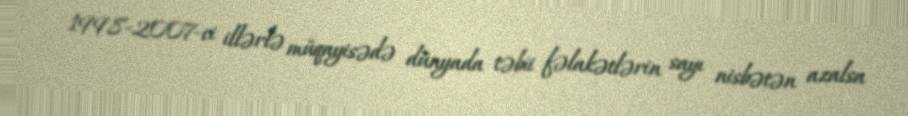
1998-2007-ci illərlə müqayisədə dünyada təbii fəlakətlərin sayı nisbətən azalsa